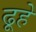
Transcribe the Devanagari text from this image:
ढूहे